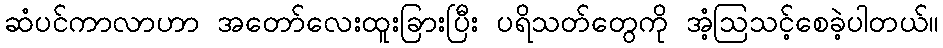
ဆံပင်ကာလာဟာ အတော်လေးထူးခြားပြီး ပရိသတ်တွေကို အံ့ဩသင့်စေခဲ့ပါတယ်။